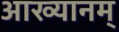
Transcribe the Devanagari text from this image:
आख्यानम्